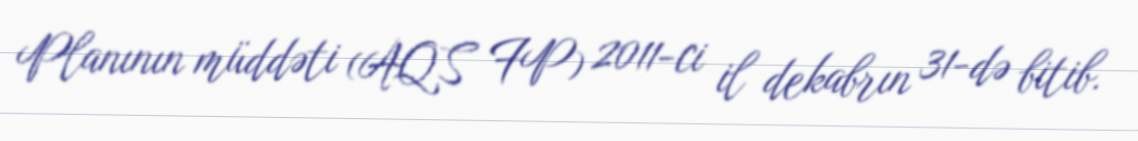
Planının müddəti (AQS FP) 2011-ci il dekabrın 31-də bitib.